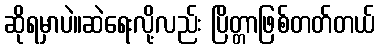
ဆိုရမှာပဲ။ဆဲရေးလို့လည်း ပြိတ္တာဖြစ်တတ်တယ်